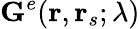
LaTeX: \boldsymbol{\mathrm{G}}^{e}(\mathbf{r},\mathbf{r}_{s};\lambda)